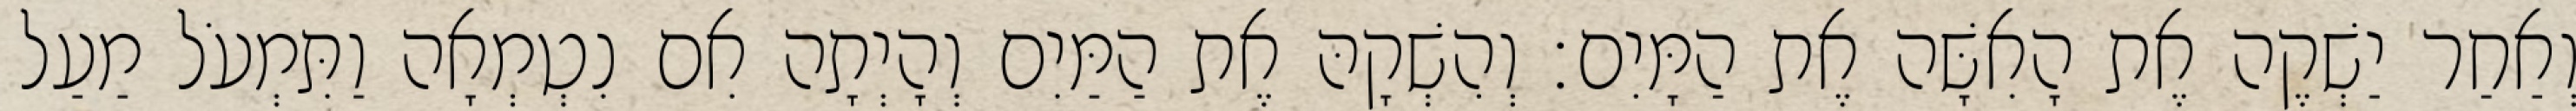
וְאַחַר יַשְׁקֶה אֶת הָאִשָּׁה אֶת הַמָּיִם׃ וְהִשְׁקָהּ אֶת הַמַּיִם וְהָיְתָה אִם נִטְמְאָה וַתִּמְעֹל מַעַל